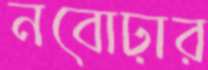
নবোঢ়ার